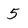
Character: 5